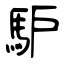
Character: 馿